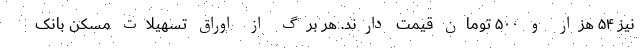
نیز ۵۴ هزار و ۵۰۰ تومان قیمت دارند. هر برگ از اوراق تسهیلات مسکن بانک